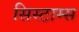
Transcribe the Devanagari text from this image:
सिस्टाम्स